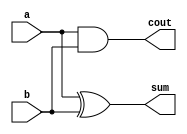
`timescale 1ps/1ps

module half_adder(input a, b, output sum, cout);
    assign sum = a ^ b;
    assign cout = a & b;
endmodule

module q4_tb;
    reg a, b;
wire sum, cout;
half_adder u1 (.a(a), .b(b), .sum(sum), .cout(cout)); 
initial begin
$dumpfile("lab5_q4.vcd");
        $dumpvars(0, q4_tb);
        a = 1'b0; b = 1'b0;
        #3;
        a = 1'b0; b = 1'b1;
        #67;
        a = 1'b1; b = 1'b0;
        #1;
        a = 1'b1; b = 1'b1;
        #1 $finish;
    end

    initial begin
$monitor("At time = %0t ps, a = %b, b = %b, sum = %b, cout = %b",$time, a, b, sum, cout);
    end
endmodule